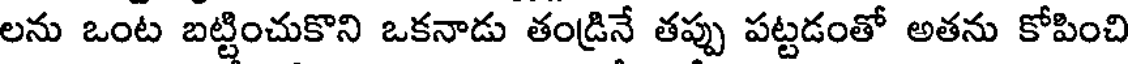
లను ఒంట బట్టించుకొని ఒకనాడు తండ్రినే తప్పు పట్టడంతో అతను కోపించి